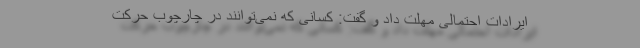
ایرادات احتمالی مهلت داد و گفت: کسانی که نمی‌توانند در چارچوب حرکت